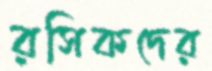
রসিকদের